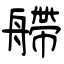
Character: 艜